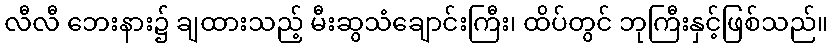
လီလီ ဘေးနား၌ ချထားသည့် မီးဆွသံချောင်းကြီး၊ ထိပ်တွင် ဘုကြီးနှင့်ဖြစ်သည်။